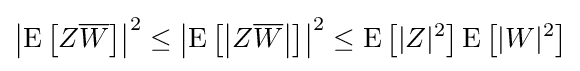
\left|\operatorname {E} \left[Z{\overline {W}}\right]\right|^{2}\leq \left|\operatorname {E} \left[\left|Z{\overline {W}}\right|\right]\right|^{2}\leq \operatorname {E} \left[|Z|^{2}\right]\operatorname {E} \left[|W|^{2}\right]